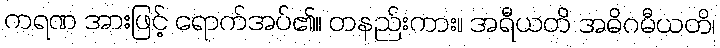
ကရဏ အားဖြင့် ရောက်အပ်၏။ တနည်းကား။ အရီယတိ အဓိဂမီယတိ၊